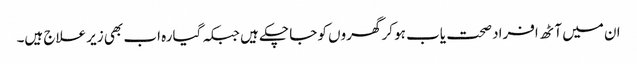
ان میں آٹھ افراد صحت یاب ہو کر گھروں کو جا چکے ہیں جبکہ گیارہ اب بھی زیر علاج ہیں۔